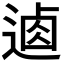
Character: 𨔟